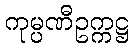
ကုမ္ပဏီဥက္ကဋ္ဌ